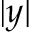
| y |